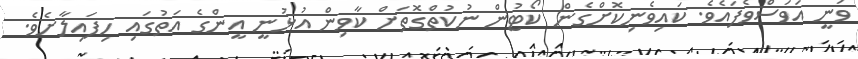
ވަނީ އަވަސްވެފައެވެ. ކައިވެނިކޮށްގެން ކޯޓުން ނުކުތްގޮތަށް ކާވިން އުޅުނީ އީންގެ އަތުގައި ހިފައިލާށެވެ.